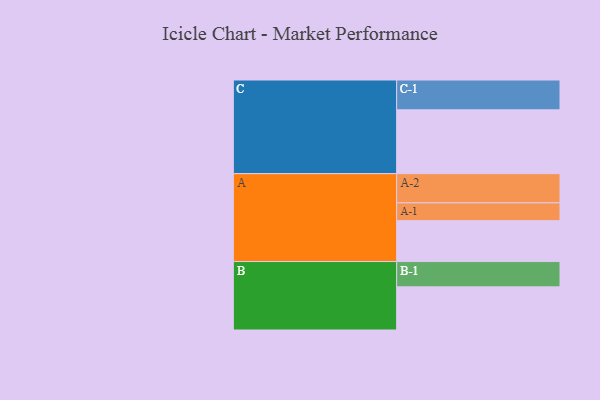
{"axis": {"x": "Segment", "y": "Value"}, "legend": ["", "A", "B", "C"], "data": [{"x": "A", "y": 381, "type": ""}, {"x": "B", "y": 402, "type": ""}, {"x": "C", "y": 595, "type": ""}, {"x": "A-1", "y": 166, "type": "A"}, {"x": "A-2", "y": 272, "type": "A"}, {"x": "B-1", "y": 236, "type": "B"}, {"x": "C-1", "y": 278, "type": "C"}]}